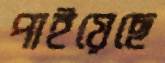
পাইয়েছে